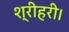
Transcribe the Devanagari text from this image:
श्रीहरी।